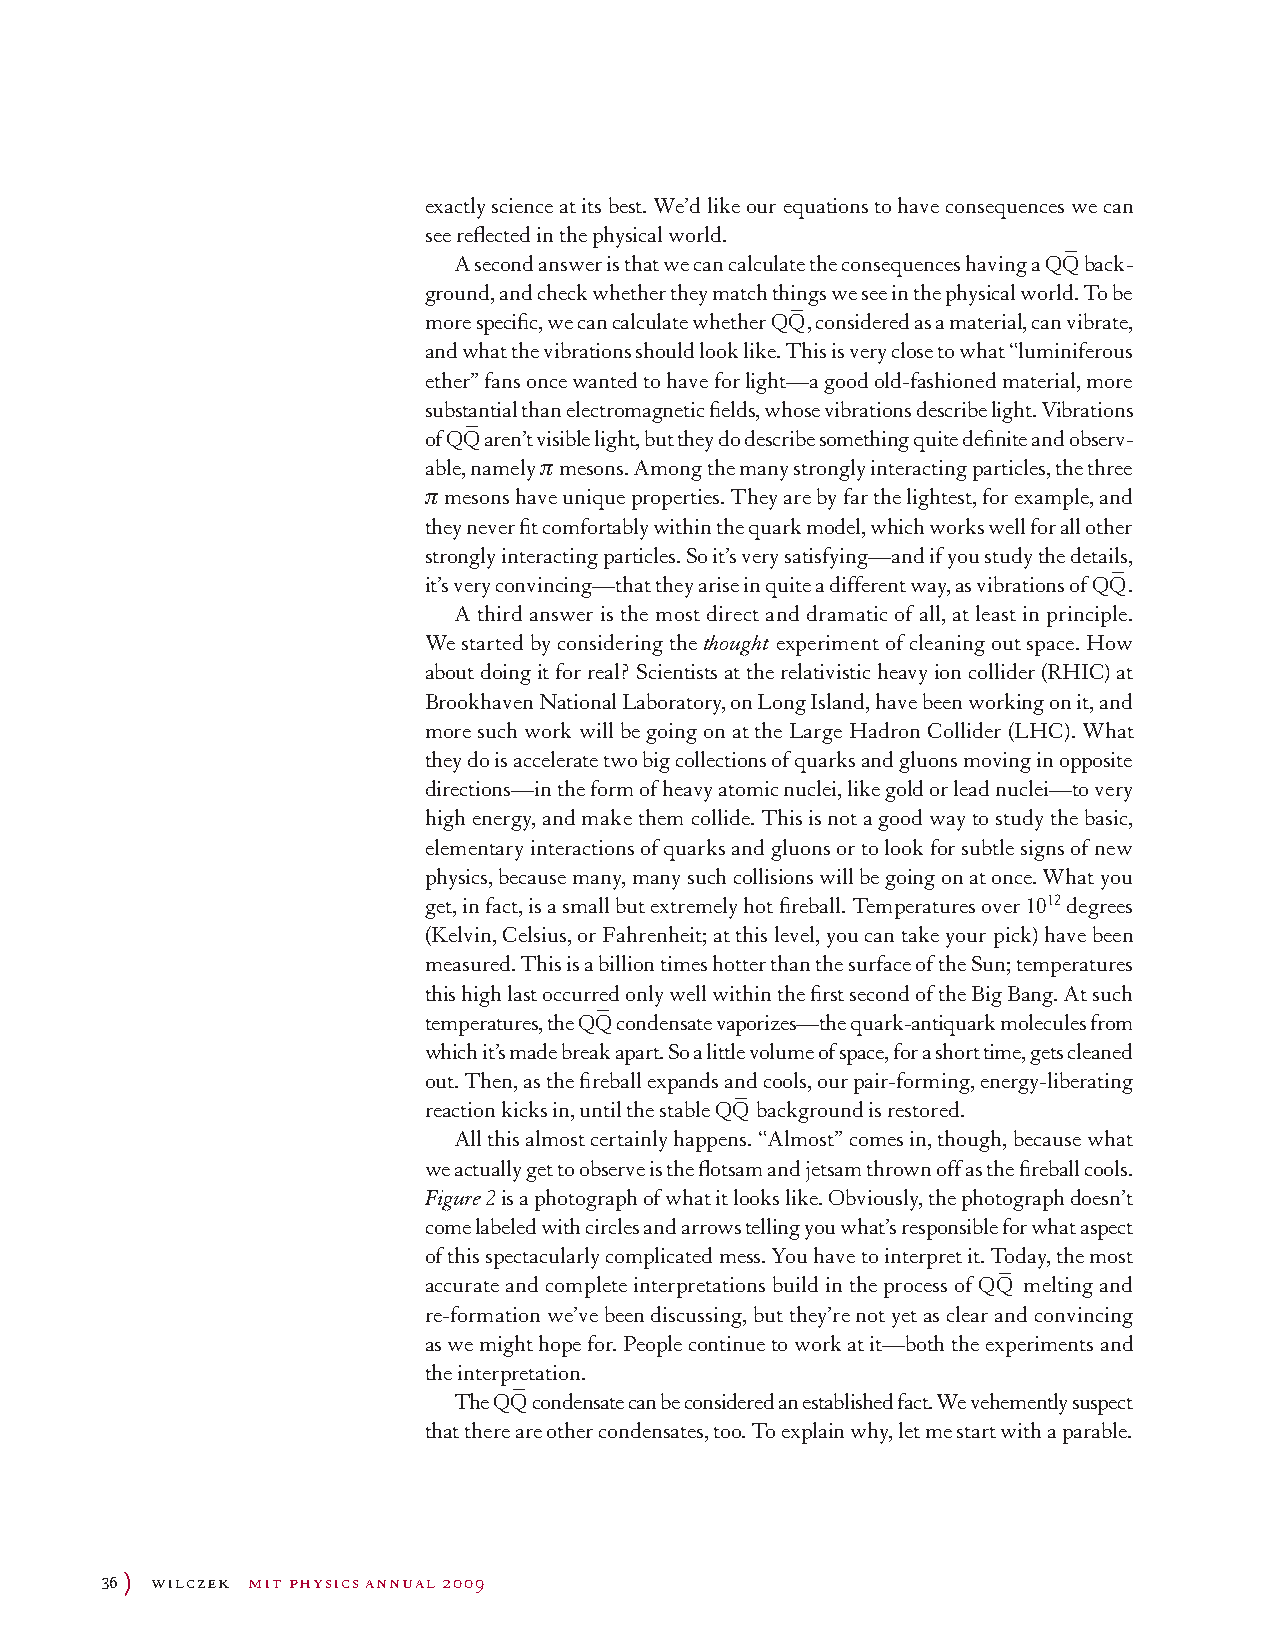
exactly science at its best. We’d like our equations to have consequences we can
 see reflected in the physical world.
 –
 A second answer is that we can calculate the consequences having a QQ back-
 ground, and check whether they match things we see in the physical world. To be
 –
 more specific, we can calculate whether QQ , considered as a material, can vibrate,
 and what the vibrations should look like. This is very close to what “luminiferous
 ether’’ fans once wanted to have for light—a good old-fashioned material, more
 substantial than electromagnetic fields, whose vibrations describe light. Vibrations
 –
 of QQ aren’t visible light, but they do describe something quite definite and observ-
 able, namely π mesons. Among the many strongly interacting particles, the three
 π mesons have unique properties. They are by far the lightest, for example, and
 they never fit comfortably within the quark model, which works well for all other
 strongly interacting particles. So it’s very satisfying—and if you study the details,
 –
 it’s very convincing—that they arise in quite a different way, as vibrations of QQ .
 A third answer is the most direct and dramatic of all, at least in principle.
 We started by considering the thought experiment of cleaning out space. How
 about doing it for real? Scientists at the relativistic heavy ion collider (RHIC) at
 Brookhaven National Laboratory, on Long Island, have been working on it, and
 more such work will be going on at the Large Hadron Collider (LHC). What
 they do is accelerate two big collections of quarks and gluons moving in opposite
 directions—in the form of heavy atomic nuclei, like gold or lead nuclei—to very
 high energy, and make them collide. This is not a good way to study the basic,
 elementary interactions of quarks and gluons or to look for subtle signs of new
 physics, because many, many such collisions will be going on at once. What you
 get, in fact, is a small but extremely hot fireball. Temperatures over 1012 degrees
 (Kelvin, Celsius, or Fahrenheit; at this level, you can take your pick) have been
 measured. This is a billion times hotter than the surface of the Sun; temperatures
 this high last occurred only well within the first second of the Big Bang. At such
 –
 temperatures, the QQ condensate vaporizes—the quark-antiquark molecules from
 which it’s made break apart. So a little volume of space, for a short time, gets cleaned
 out. Then, as the fireball expands and cools, our pair-forming, energy-liberating
 –
 reaction kicks in, until the stable QQ background is restored.
 All this almost certainly happens. “Almost’’ comes in, though, because what
 we actually get to observe is the flotsam and jetsam thrown off as the fireball cools.
 Figure 2 is a photograph of what it looks like. Obviously, the photograph doesn’t
 come labeled with circles and arrows telling you what’s responsible for what aspect
 of this spectacularly complicated mess. You have to interpret it. Today, the most
 –
 accurate and complete interpretations build in the process of QQ melting and
 re-formation we’ve been discussing, but they’re not yet as clear and convincing
 as we might hope for. People continue to work at it—both the experiments and
 the interpretation.
 –
 The QQ condensate can be considered an established fact. We vehemently suspect
 that there are other condensates, too. To explain why, let me start with a parable.
 36 ) wilczek mit physics annual 2009